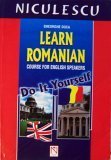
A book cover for Learn Romanian: Course for English Speakers (Do It Yourself); Gheorghe Doca; History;